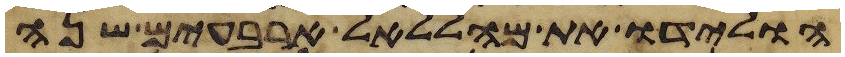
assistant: הולידו את מהללאל ארבעים שנה